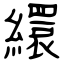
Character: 繯